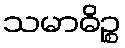
သမာဓိဉ္စ